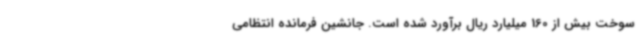
سوخت بیش از 160 میلیارد ریال برآورد شده است. جانشین فرمانده انتظامی